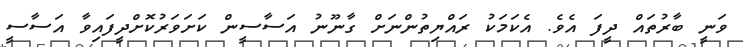
ވަނީ ބާރުތައް ދީފަ އެވެ. އެކަމަކު ރައްޔިތުންނަށް ގާނޫނު އަސާސީން ކަށަވަރުކޮށްދީފައިވާ އަސާސީ